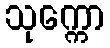
သုက္ကော